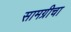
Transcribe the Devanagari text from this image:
सामग्रीचा